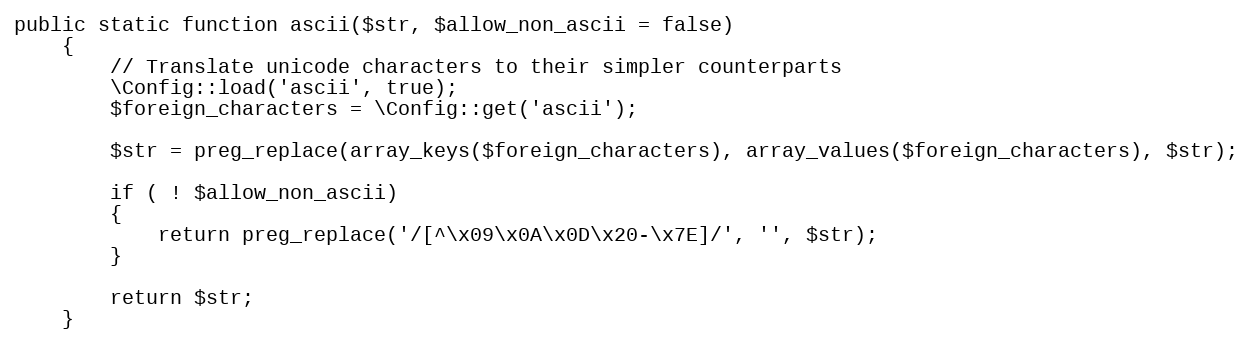
Language: PHP
public static function ascii($str, $allow_non_ascii = false)
	{
		// Translate unicode characters to their simpler counterparts
		\Config::load('ascii', true);
		$foreign_characters = \Config::get('ascii');

		$str = preg_replace(array_keys($foreign_characters), array_values($foreign_characters), $str);

		if ( ! $allow_non_ascii)
		{
			return preg_replace('/[^\x09\x0A\x0D\x20-\x7E]/', '', $str);
		}

		return $str;
	}